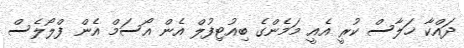
ދައްކާ ޚަލާސް ކުރީ އެއީ މަމެންގެ ބިއުޓިފުލް އެން އޯސަމް އެން ފްލޯލެސް